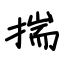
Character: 揣